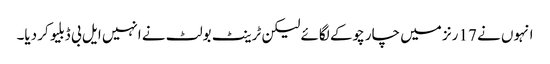
انہوں نے 17 رنز میں چار چوکے لگائے لیکن ٹرینٹ بولٹ نے انہیں ایل بی ڈبلیو کر دیا۔